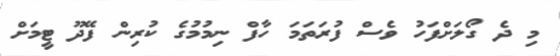
މި ދެ ގޯލަށްފަހު ވެސް ފުރަތަމަ ހާފް ނިމުމުގެ ކުރިން ފޭދޫ ޓީމަށް